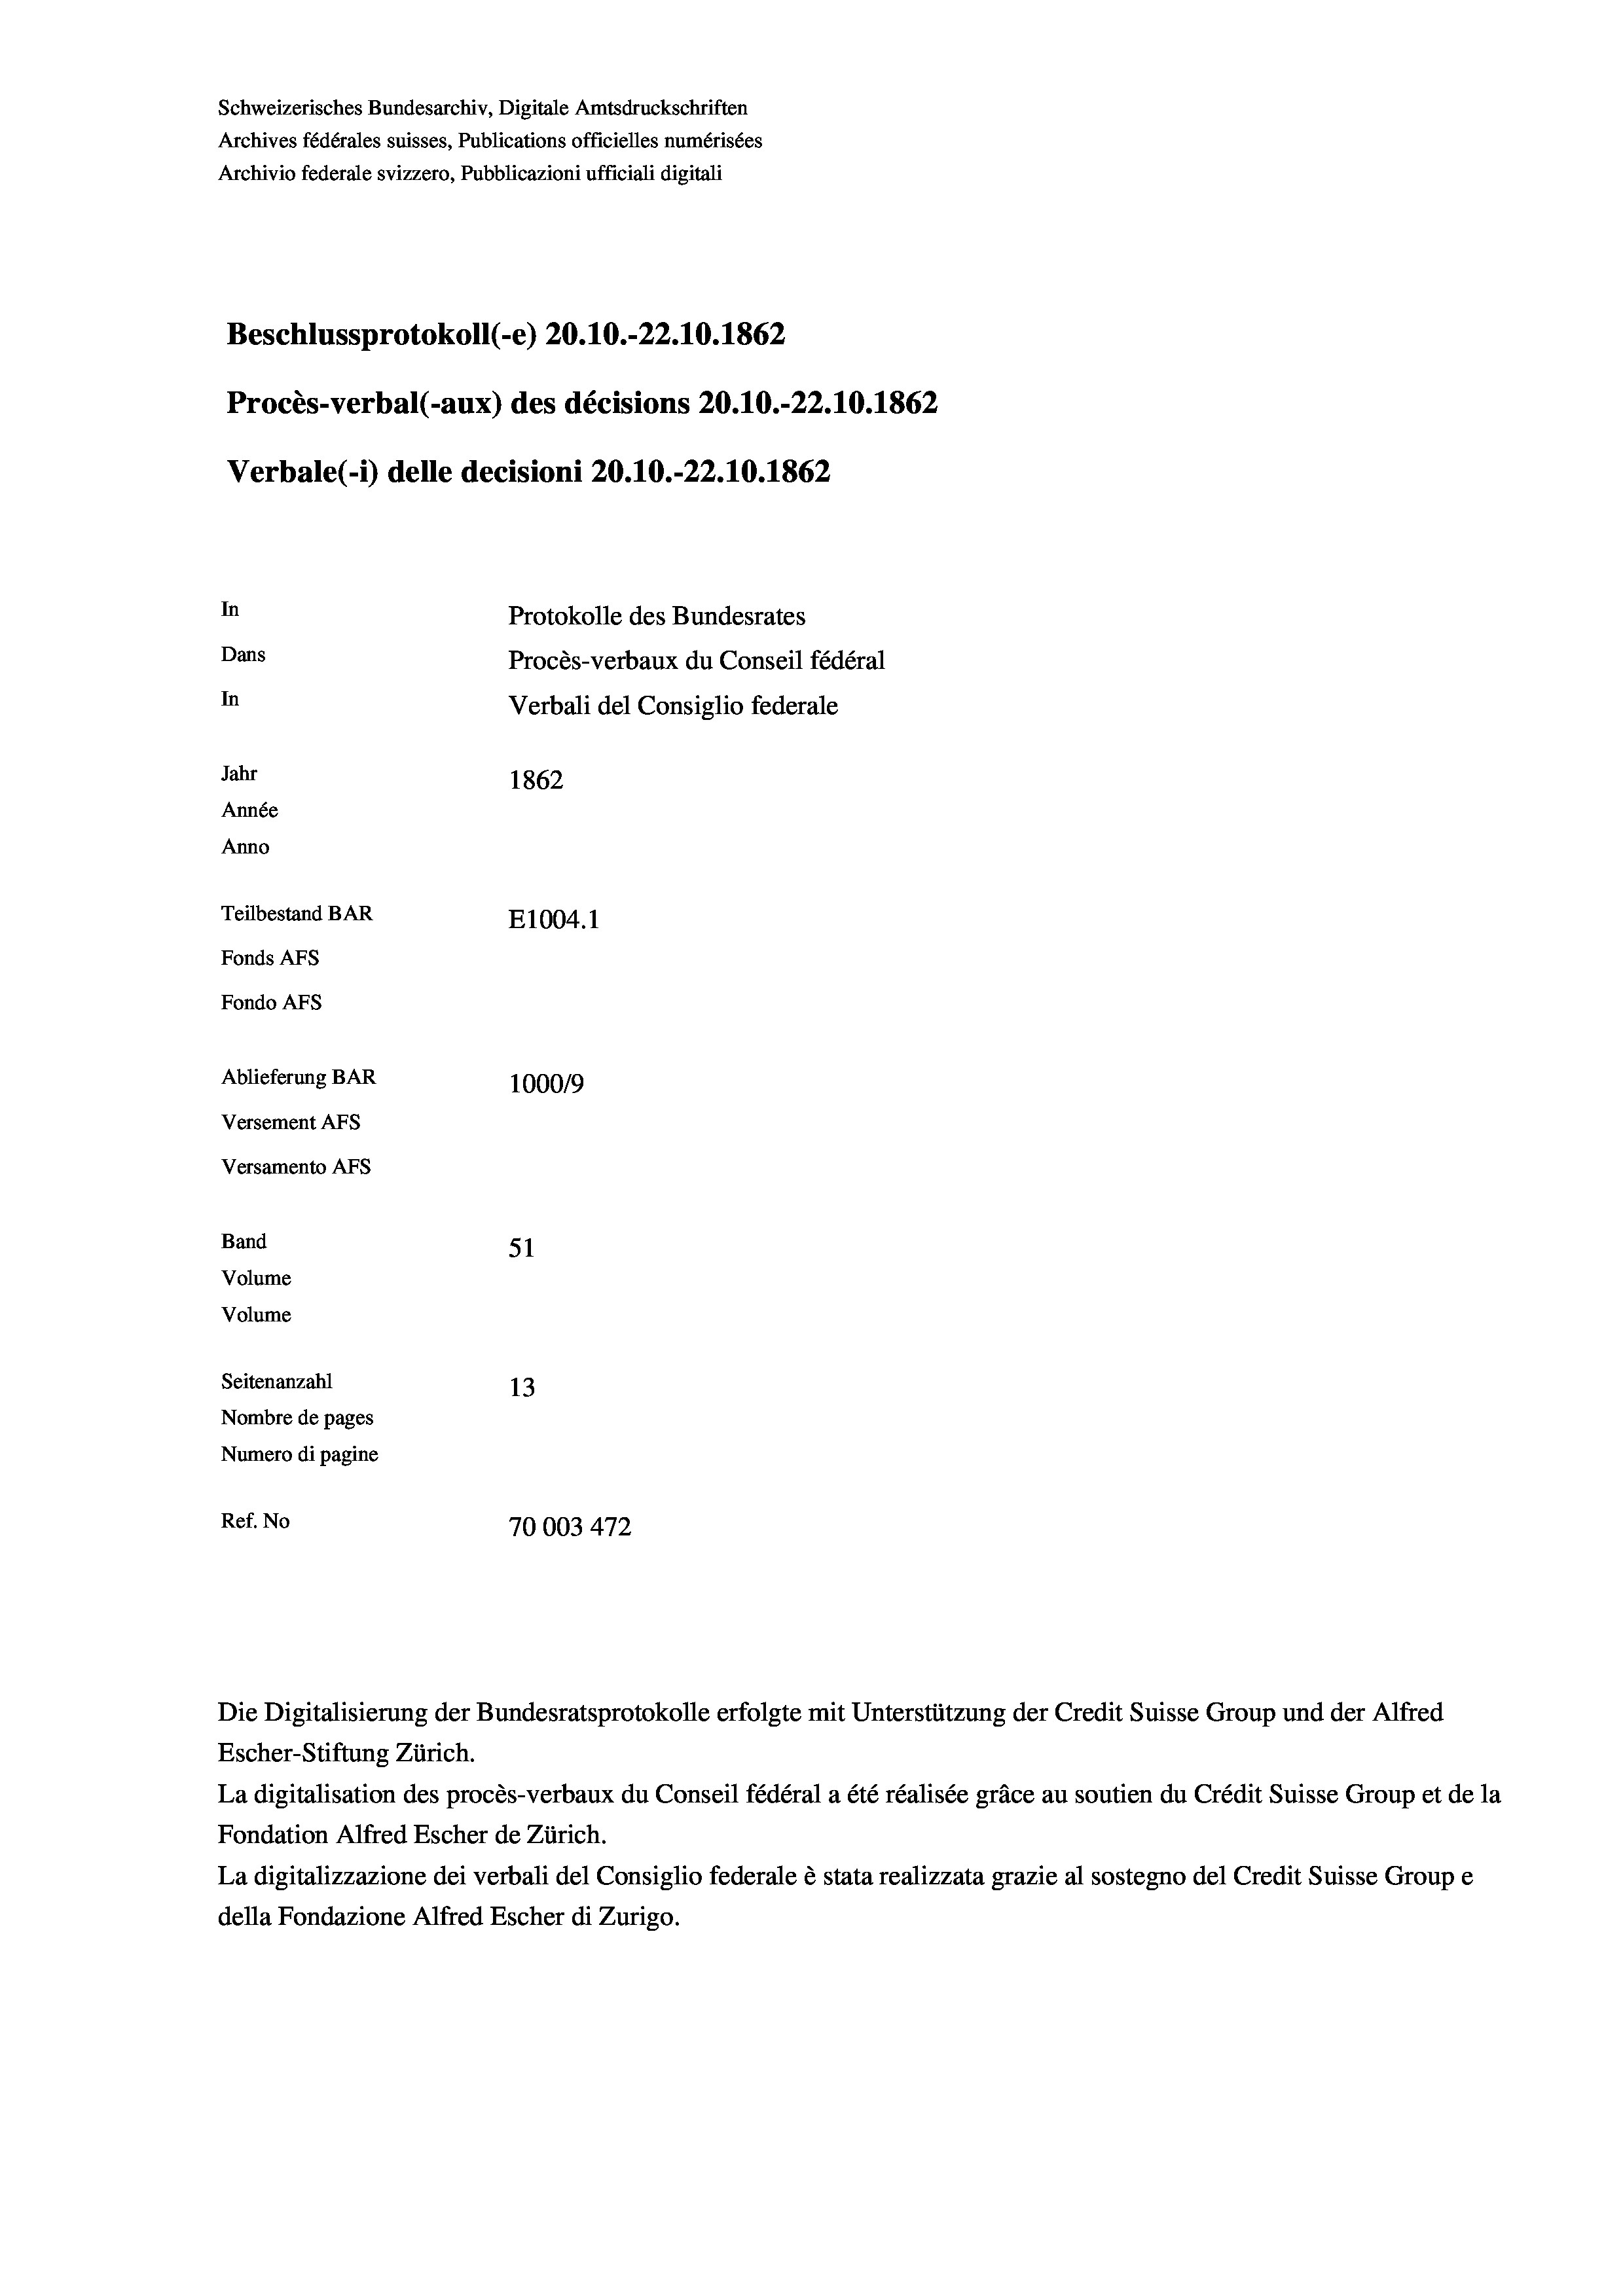
In
Protokolle des Bundesrates
Dans
Procès-verbaux du Conseil fédéral
In
Verbali del Consiglio federale
Jahr
1862
Année
Anno
Teilbestand BAR
E1004. 1
Fonds AFs
Fondo AFS

Schweizerisches Bundesarchiv, Digitale Amtsdruckschriften
Archives fédérales suisses, Publications officielles numérisées
Archivio federale svizzero, Pubblicazioni ufficiali digitali

Ablieferung BAR
Versement AFs
Versamento Afs
Band
51
Volume
Volume
Seitenanzahl
Nombre de pages
Numero di pagine

Beschlussprotokoll (-e) 20.10.-22.10.1862
Procès-verbal (-aux) des décisions 20.10.-22.10.1862
Verbale(-*) delle decisioni 20.10.-22.10. 1862

1000/9
13
Ref. No
70003 472

Die Digitalisierung der Bundesratsprotokolle erfolgte mit Unterstützung der Credit Suisse Group und der Alfred
Escher-Stiftung Zürich.
La digitalisation des procès-verbaux du Conseil fédéral a été réalisée gräce au soutien du Crédit Suisse Group et de la
Fondation Alfred Escher de Zürich.
La digitalizzazione dei verbali del Consiglio federale è stata realizzata grazie al sostegno del Credit Suisse Groupe
della Fondazione Alfred Escher di Zurigo.